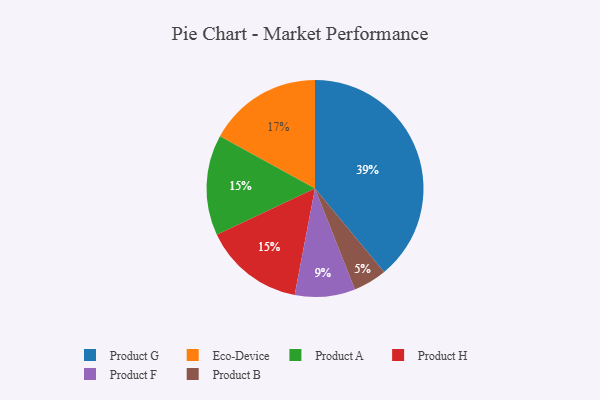
{"axis": {"x": "Category", "y": "Percentage"}, "legend": ["Eco-Device", "Product A", "Product B", "Product F", "Product G", "Product H"], "data": [{"x": "Product A", "y": 15, "type": "Product A"}, {"x": "Product G", "y": 39, "type": "Product G"}, {"x": "Product H", "y": 15, "type": "Product H"}, {"x": "Product B", "y": 5, "type": "Product B"}, {"x": "Product F", "y": 9, "type": "Product F"}, {"x": "Eco-Device", "y": 17, "type": "Eco-Device"}]}